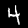
Label: 4